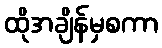
ထိုအချိန်မှစကာ